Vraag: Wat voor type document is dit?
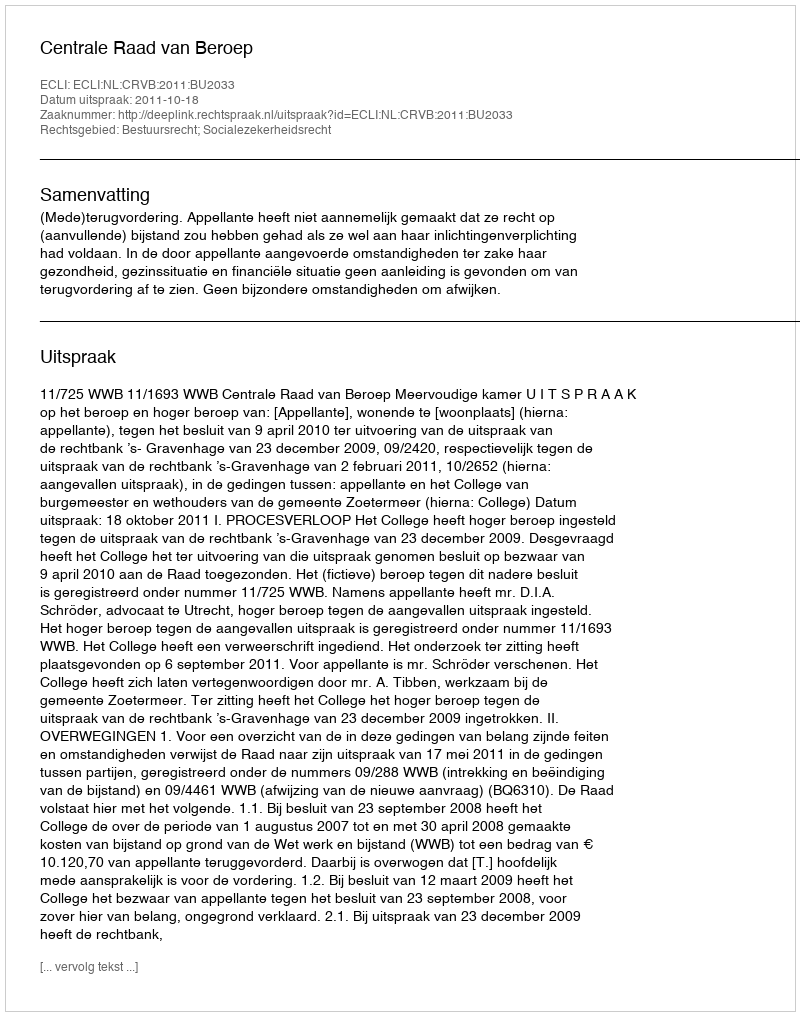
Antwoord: Uitspraak